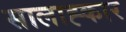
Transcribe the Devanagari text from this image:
सालाह्कार